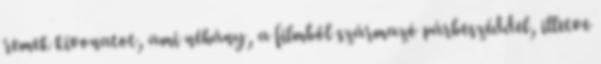
remek kivonatot, ami néhány, a filmből származó párbeszéddel, illetve